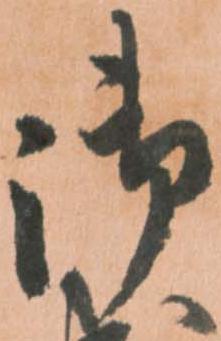
御